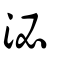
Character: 泌